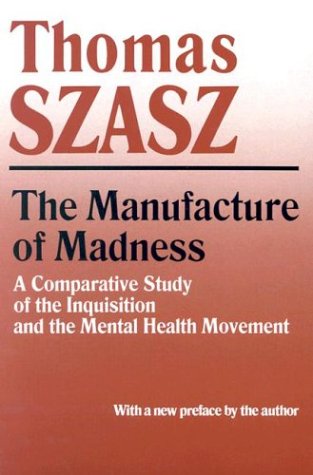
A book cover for Manufacture of Madness: A Comparative Study of the Inquisition and the Mental Health Movement; Thomas Szasz; Health, Fitness & Dieting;